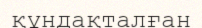
құндақталған